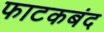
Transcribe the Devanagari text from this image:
फाटकबंद